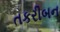
તકરીબન